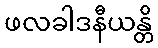
ဖလခါဒနီယန္တိ